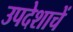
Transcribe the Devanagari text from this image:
उपदेशाचें